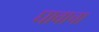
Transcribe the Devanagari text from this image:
घावाचा